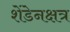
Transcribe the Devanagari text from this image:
शेंडेनक्षत्र